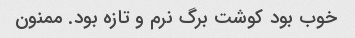
خوب بود کوشت برگ نرم و تازه بود. ممنون